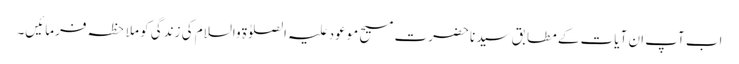
اب آپ ان آیات کے مطابق سیدنا حضرت مسیح موعود علیہ الصلوٰۃ والسلام کی زندگی کو ملاحظہ فرمائیں۔